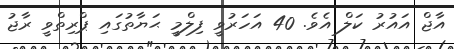
އާޖް އައުރު ކަލް އެވެ. 40 އަހަރުވީ ފިލްމީ ޙަޔާތުގައި ޕްރިތްވީ ރާޖު